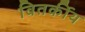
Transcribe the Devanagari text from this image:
वितर्कीय